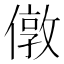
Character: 𠎄